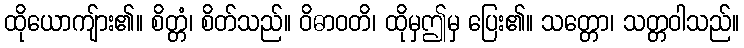
ထိုယောကျ်ား၏။ စိတ္တံ၊ စိတ်သည်။ ဝိဓာဝတိ၊ ထိုမှဤမှ ပြေး၏။ သတ္တော၊ သတ္တဝါသည်။